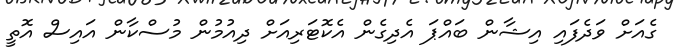
ގެއަށް ވަދެފައި އިޝާން ބައްޕަ އެދިގެން އެކޮޓަރިއަށް ދިއުމުން މުސްކާން އައިސް އޮތީ